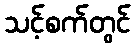
သင့်စက်တွင်